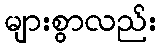
များစွာလည်း